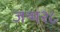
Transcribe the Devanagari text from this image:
जन्म२८